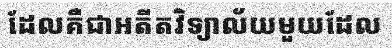
ដែលគឺជាអតីតវិទ្យាល័យមួយដែល